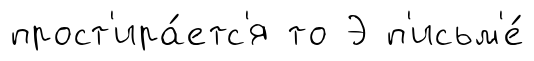
прост'ира́етс'я то Э п'исьм'е́